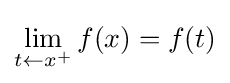
\lim _{t\leftarrow x^{+}}f(x)=f(t)